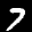
Label: 7